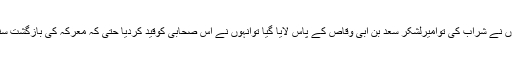
اوروہاں پھرانہوں نے شراب کی توامیرلشکر سعد بن ابی وقاص کے پاس لایا گيا توانہوں نے اس صحابی کوقید کردیا حتی کہ معرکہ کی بازگشت سنائ دینے لگي ؟